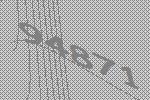
94871